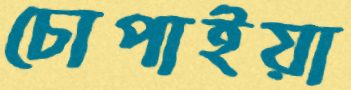
চোপাইয়া